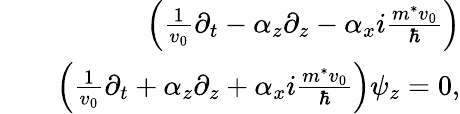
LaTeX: \begin{array}{rlr}&{}&{\left(\frac{1}{v_{0}}\partial_{t}-\alpha_{z}\partial_{z}-\alpha_{x}i\frac{m^{*}v_{0}}{\hbar}\right)}\\ &{}&{\left(\frac{1}{v_{0}}\partial_{t}+\alpha_{z}\partial_{z}+\alpha_{x}i\frac{m^{*}v_{0}}{\hbar}\right)\psi_{z}=0,}\end{array}